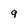
Character: q